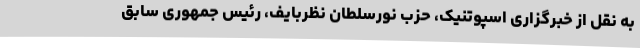
به نقل از خبرگزاری اسپوتنیک، حزب نورسلطان نظربایف، رئیس جمهوری سابق